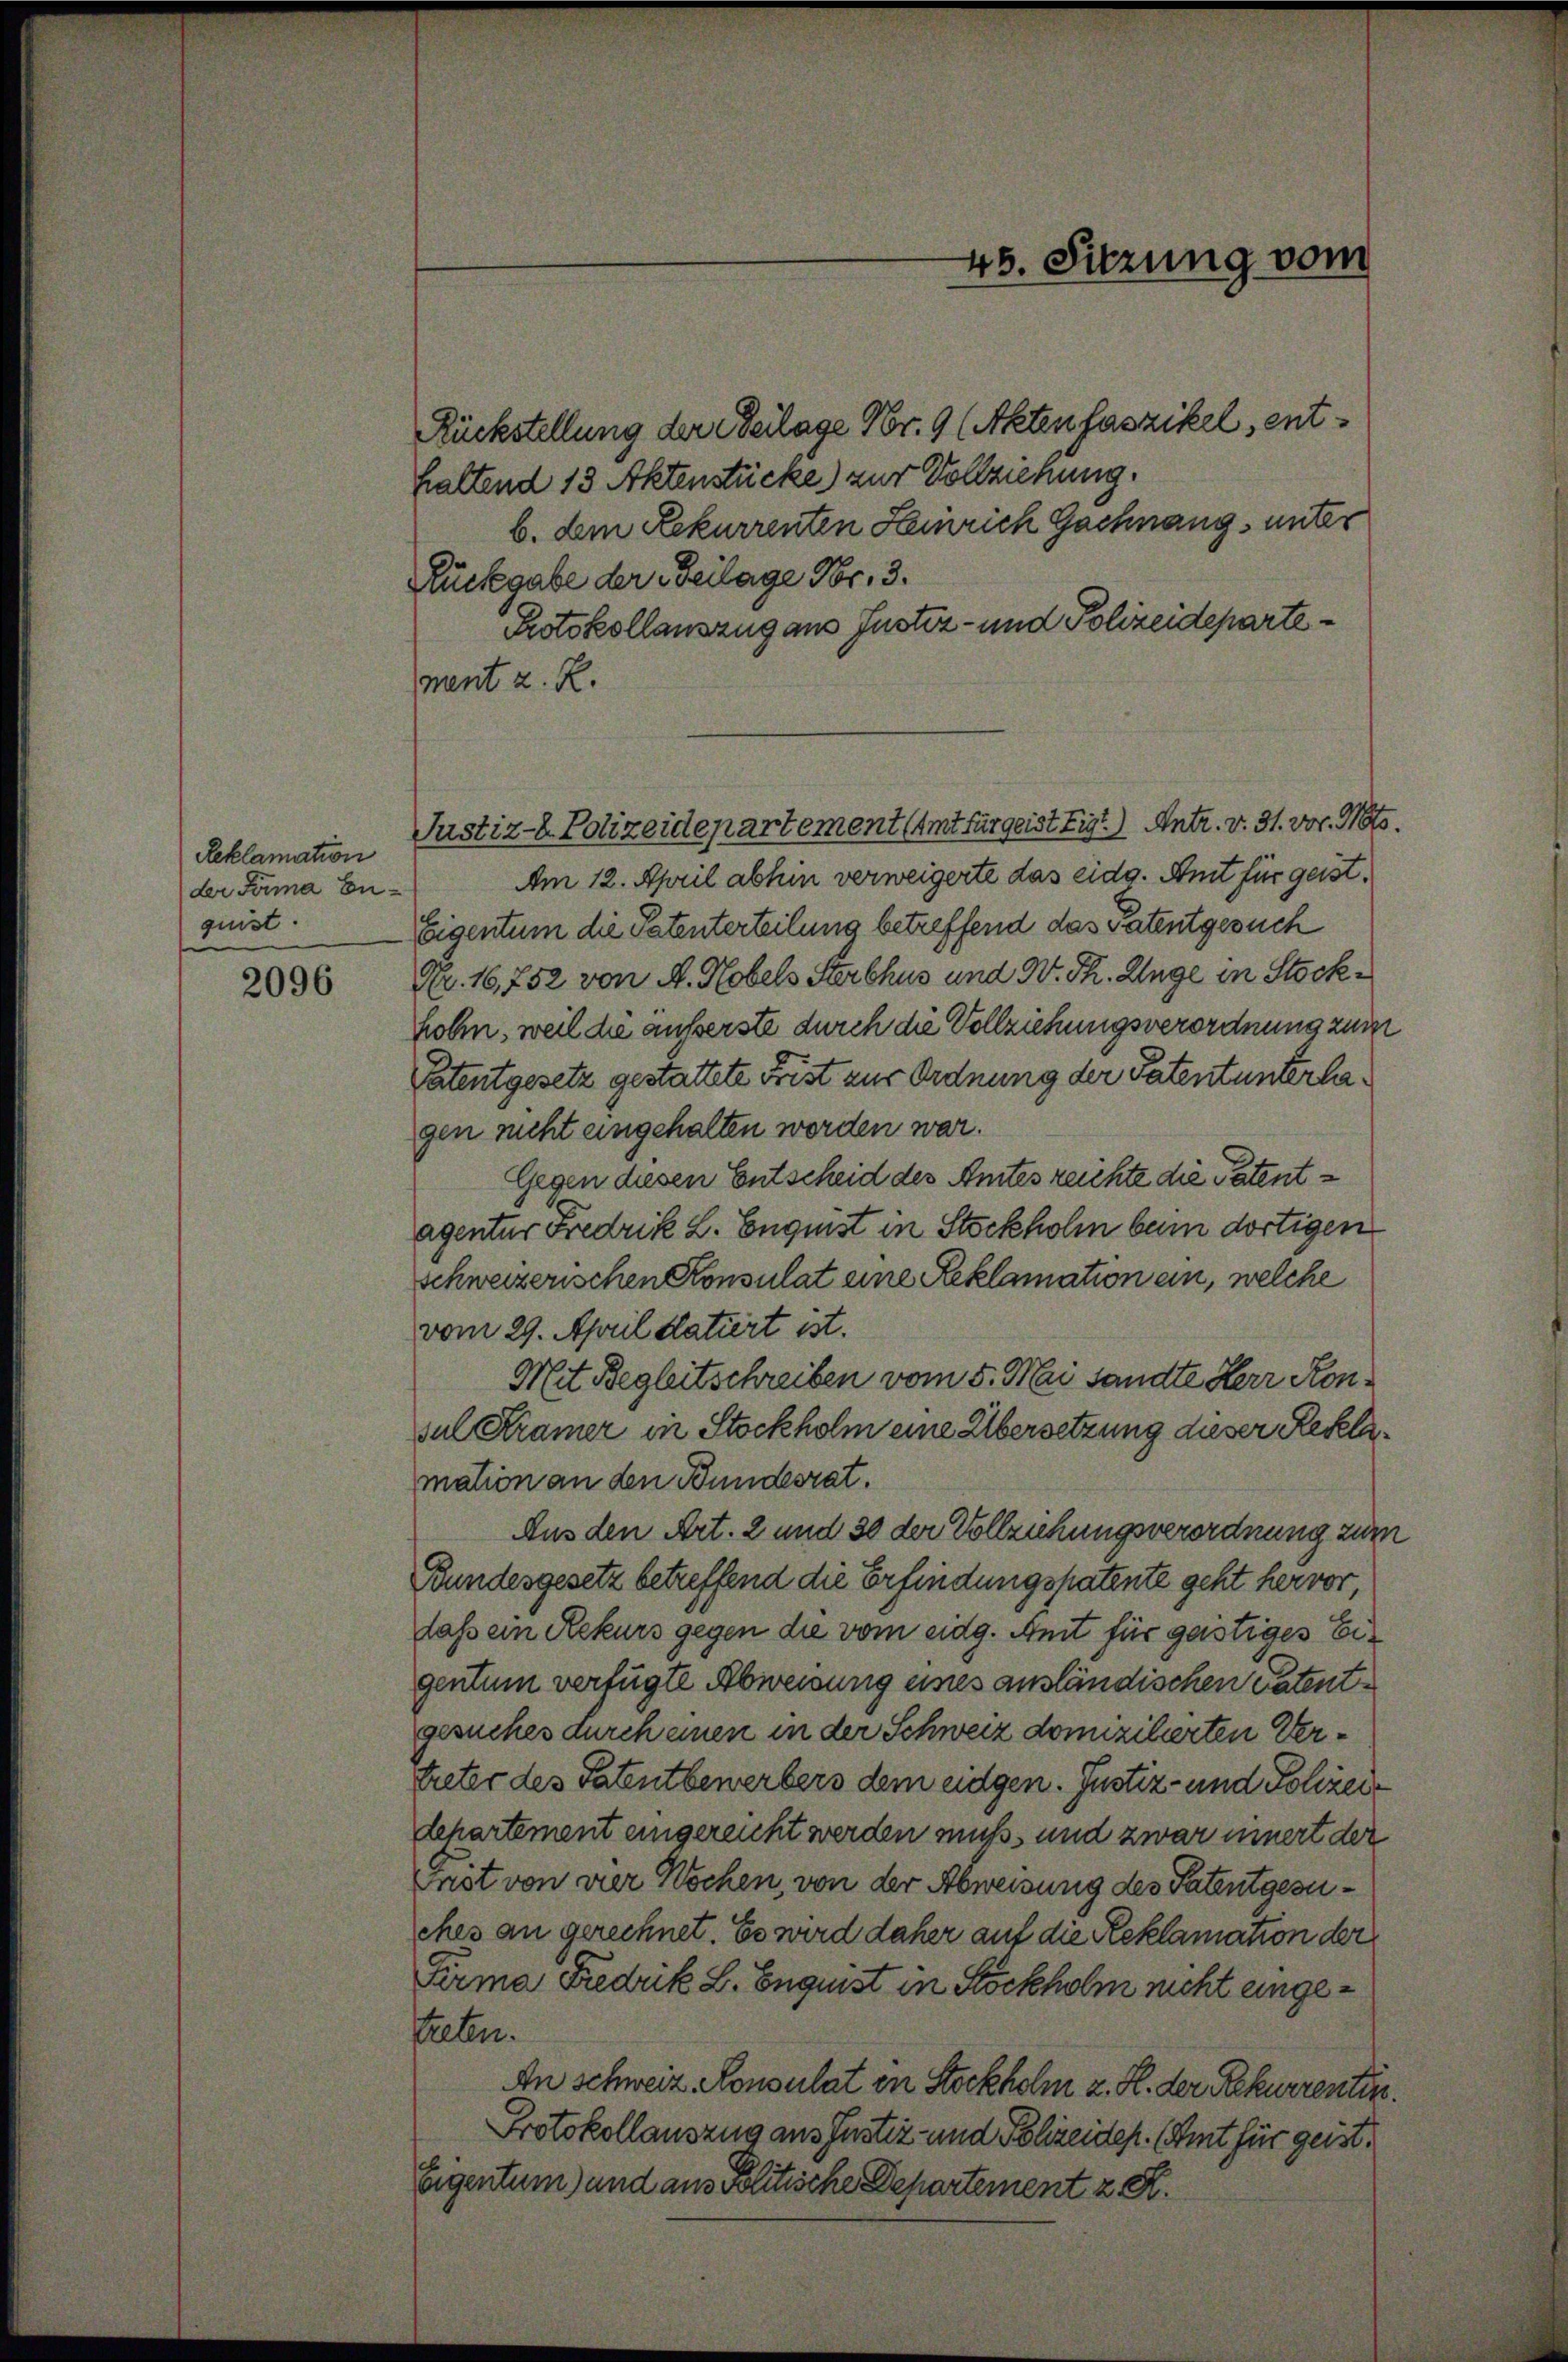
Reklamation
der Firma Enquist.

2096

Am 12. April abhin verweigerte das eidg. Amt für geist¬
Eigentum die Patenterteilung betreffend das Patentgesuch
Nr. 16,752 von A. Kobels Sterbhus und W. Th. Enge in Stockhohen, weil die äusserste durch die Vollziehungsverordnung zum
Patentgesetz gestattete Frist zur Ordnung der Patentunterlagen nicht eingehalten worden war.
Gegen diesen Entscheid des Amtes reichte die Patentagentur Fredrik L. Enquist in Stockholm bei dortigen
schweizerischen Konsulat eine Reklamation an, welche
vom 29. April datiert ist.
Mit Begleitschreiben vom 5. Mai sandte Herr Konsul Kramer in Stockholm eine Übersetzung dieser Reklamation an den Bundesrat.
Aus den Art. 2 und 30 der Vollziehungsverordnung zum
Bundesgesetz betreffend die Erfindungspatente geht hervor,
dass ein Rekurs gegen die vom eidg. Amt für gestiges Eigentum verfügte Abweisung eines ausländischen Patentgesuches durch einen in der Schweiz domizilierten Vertreter des Patentbewerbers dem eidgen. Justiz- und Polizeilepartement eingereicht werden muss, und zwar innert der
Grist von der Wochen, von der Abweisung des Patentgesuches an gerechnet. Es wird daher auf die Reklamation der
Firma Fredrik L. Enquist in Röckholm nicht eingestetten.
An Schweiz. Konsulat in Stockholm z. H. der Rekurrentin.
Protokollauszug aus Justiz- und Polizeiden. (Amt für geist.
Eigentum) und aus Politische Departement z. K.

Rückstellung der Beilage Nr. 9 (Akten faszikel, enthaltend 13 Aktenstücke) zur Vollziehung.
b. dem Rekurrenten Heinrich Gachnang, unter
Rückgabe der Beilage Nr. 3.
Protokollauszug aus Justiz- und Polizeidepartement z. R.

Justiz- & Polizeidepartement Amt für geist Eisgt.) Antr. v. 31. vor. Nots.

45. Sitzung vom